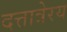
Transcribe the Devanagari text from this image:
दत्तात्रेरय